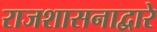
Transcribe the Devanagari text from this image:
राजशासनाद्वारे